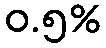
ဝ.၅%